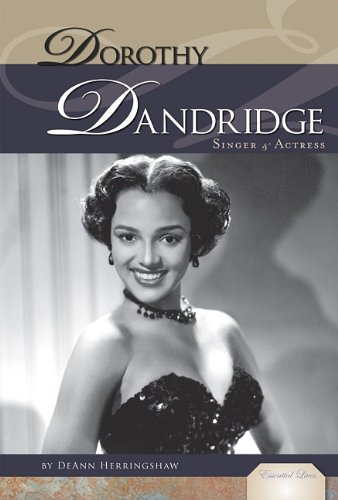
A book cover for Dorothy Dandridge: Singer & Actress (Essential Lives); DeAnn Herringshaw; Teen & Young Adult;